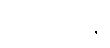
စေတိယန္တိ